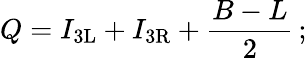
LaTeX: Q=I_{\mathrm{{3L}}}+I_{\mathrm{{3R}}}+{\frac{B-L}{2}}\, ;